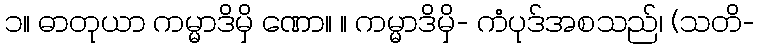
၁။ ဓာတုယာ ကမ္မာဒိမှိ ဏော။ ။ ကမ္မာဒိမှိ- ကံပုဒ်အစသည်၊ (သတိ-